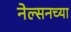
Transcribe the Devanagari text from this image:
नेल्सनच्या